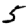
Digit: 5